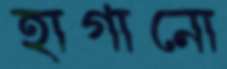
হাগানো